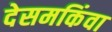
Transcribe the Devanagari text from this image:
देसमकिंवा